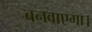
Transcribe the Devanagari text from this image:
बनवाएगा।